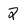
Character: 2